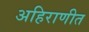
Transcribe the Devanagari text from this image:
अहिराणीत